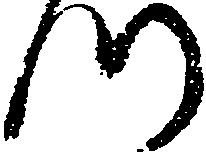
つ